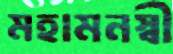
মহামনস্বী